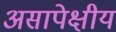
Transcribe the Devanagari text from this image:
असापेक्षीय